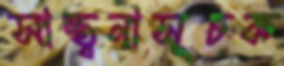
সান্ত্বনাসূচক